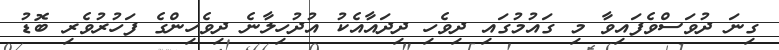
ގިނަ ދުވަސްވެފައިވާ މި ގައުމުގައި ދިވެހި ދިދައާއެކު އުދުހިލާނެ ދިވެހިންގެ ފަހުރުވެރި ބޮޑު